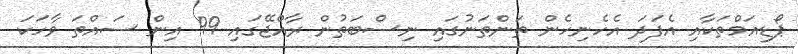
ޕޯޑިއަމްތަކާއި އެފަދަ އެހެނިހެން ތަންތަނުގައި ނިސްބަތުން ރާއްޖޭގައި 99 އިން ސައްތަ ވާހަކަ